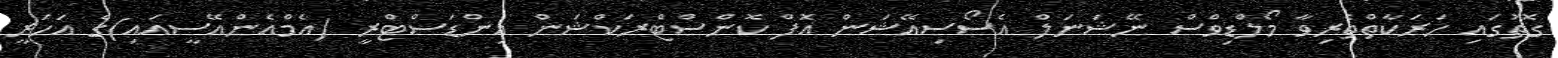
ގޮތުގައި ހަރަކާތްތެރިވާ މޯލްޑިވްސް ނޭޝަނަލް އެސޯސިއޭޝަން އޮފް ކޮންސްޓްރަކްޝަން އިންޑަސްޓްރީ (އެމްއެންއޭސީއައި)ގެ އަހަރީ